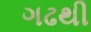
ગઢથી